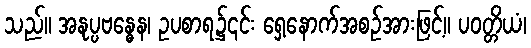
သည်။ အနုပ္ပဗန္ဓေန၊ ဥပစာရ၌၎င်း ရှေ့နောက်အစဉ်အားဖြင့်။ ပဝတ္တိယံ၊